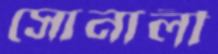
সোনালী